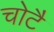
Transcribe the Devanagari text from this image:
चोटै